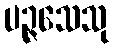
ပဉ္ဇသေသု